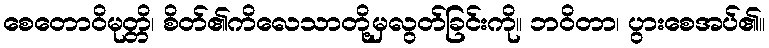
စေတောဝိမုတ္တိ၊ စိတ်၏ကိလေသာတို့မှလွတ်ခြင်းကို။ ဘဝိတာ၊ ပွားစေအပ်၏။